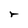
Character: r